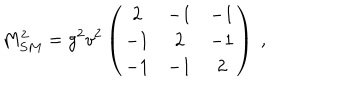
LaTeX: M _ { S M } ^ { 2 } = g ^ { 2 } v ^ { 2 } \left( \begin{array} { c c c } { { 2 } } & { { - 1 } } & { { - 1 } } \\ { { - 1 } } & { { 2 } } & { { - 1 } } \\ { { - 1 } } & { { - 1 } } & { { 2 } } \\ \end{array} \right) ~ , ~ \,